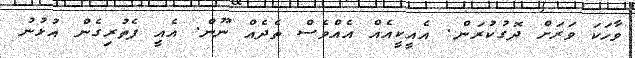
ވާހަކަ ވަރަށް ދޮގުކުރަން. އެއީކީއެއް އެއްވެސް ތެދެއް ނޫން. އެއީ ފެތުރިގެން އުޅުނު